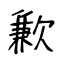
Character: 歉